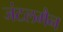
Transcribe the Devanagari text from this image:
जंटलमैन